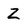
Character: Z